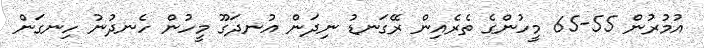
އުމުރުން 55-65 މީހުންގެ ތެރެއިން ރޭގަނޑު ނިދަން އުނދަގޫ މީހުން ހެނދުނު ހިނގަން